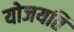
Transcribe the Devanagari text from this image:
योजयति